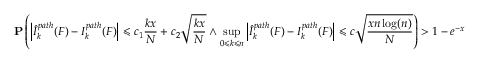
\mathbf { P } \left( \left| { \widehat { I } } _ { k } ^ { p a t h } ( F ) - I _ { k } ^ { p a t h } ( F ) \right| \leqslant c _ { 1 } { \frac { k x } { N } } + c _ { 2 } { \sqrt { \frac { k x } { N } } } \land \operatorname* { s u p } _ { 0 \leqslant k \leqslant n } \left| { \widehat { I } } _ { k } ^ { p a t h } ( F ) - I _ { k } ^ { p a t h } ( F ) \right| \leqslant c { \sqrt { \frac { x n \log ( n ) } { N } } } \right) > 1 - e ^ { - x }